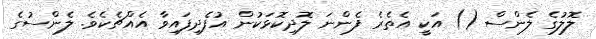
ލޮލުގެ ލެންސް () އަކީ އެތެރެ ފެންނަ ލޮދިކޮޅަކުން އުފެދިފައިވާ އެއްޗެކެވެ. ލެންސުގެ